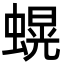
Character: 𮔫